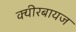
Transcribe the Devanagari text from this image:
क्यीरबायज